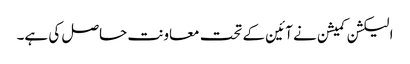
الیکشن کمیشن نے آئین کے تحت معاونت حاصل کی ہے۔